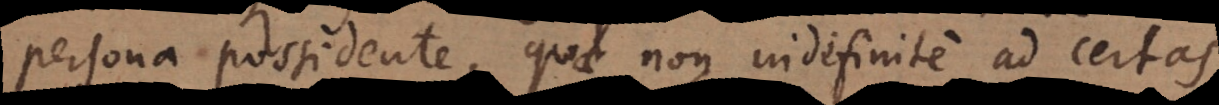
persona possidente, quae non indefinite ad certas